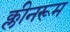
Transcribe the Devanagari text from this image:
क्लीनरूम